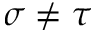
\sigma \neq \tau